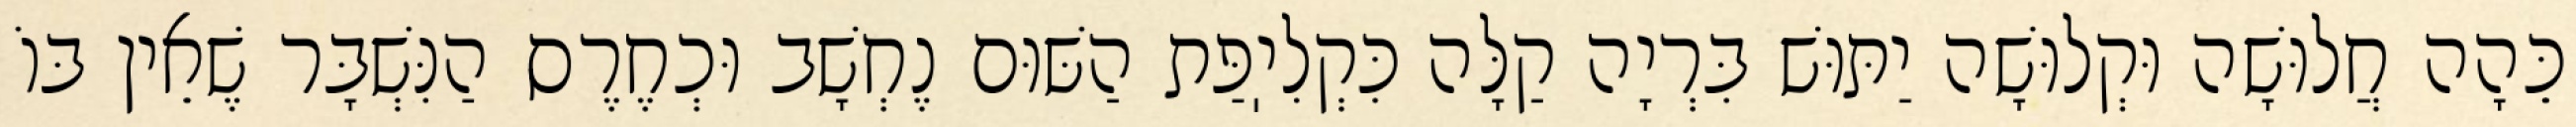
כֵּהָה חֲלוּשָׁה וּקְלוּשָׁה יַתּוּשׁ בִּרְיָה קַלָּה כִּקְלִיֽפַּת הַשּׁוּם נֶחְשָׁב וּכְחֶרֶס הַנִּשְׁבָּר שֶׁאֵין בּוֹ